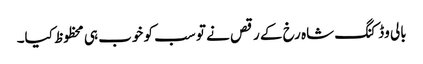
بالی وڈ کنگ شاہ رخ کے رقص نے تو سب کو خوب ہی محظوظ کیا۔